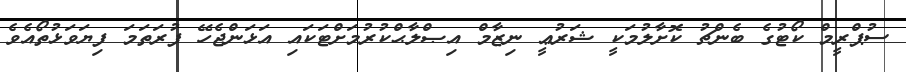
ސުޕްރީމް ކޯޓުގެ ބެންޗު ކޮށާލުމަކީ ޝަރުޢީ ނިޒާމް އިޞްލާޙްކުރުމަށްޓަކައި އަޅަންޖެހޭ ފުރަތަމަ ފިޔަވަޅުތޯއެވެ